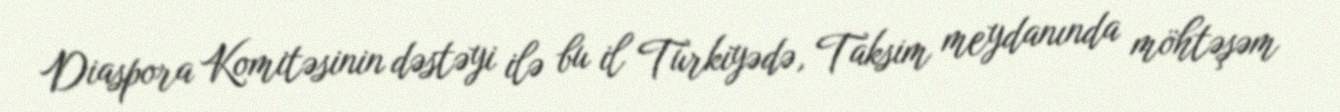
Diaspora Komitəsinin dəstəyi ilə bu il Türkiyədə, Taksim meydanında möhtəşəm